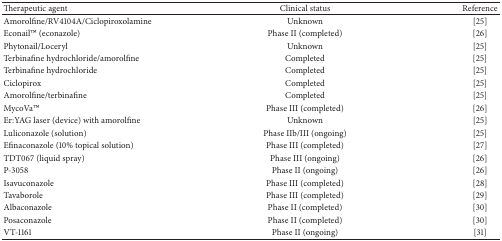
| Therapeutic agent | Clinical status | Reference |
 | --- | --- | --- |
 | Amorolfine/RV4104A/Ciclopiroxolamine | Unknown | [25] |
 | EconailTM (econazole) | Phase II (completed) | [26] |
 | Phytonail/Loceryl | Unknown | [25] |
 | Terbinafine hydrochloride/amorolfine | Completed | [25] |
 | Terbinafine hydrochloride | Completed | [25] |
 | Ciclopirox | Completed | [25] |
 | Amorolfine/terbinafine | Completed | [25] |
 | MycoVaTM | Phase III (completed) | [26] |
 | Er:YAG laser (device) with amorolfine | Unknown | [25] |
 | Luliconazole (solution) | Phase IIb/III (ongoing) | [25] |
 | Efinaconazole (10% topical solution) | Phase III (completed) | [27] |
 | TDT067 (liquid spray) | Phase III (ongoing) | [26] |
 | P-3058 | Phase II (ongoing) | [26] |
 | Isavuconazole | Phase III (completed) | [28] |
 | Tavaborole | Phase III (completed) | [29] |
 | Albaconazole | Phase II (completed) | [30] |
 | Posaconazole | Phase II (completed) | [30] |
 | VT-1161 | Phase II (ongoing) | [31] |